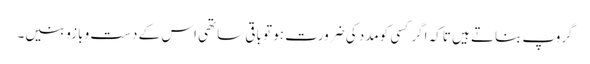
گروپ بناتے ہیں تاکہ اگر کسی کومدد کی ضرورت ہو تو باقی ساتھی اس کے دست و بازو بنیں۔